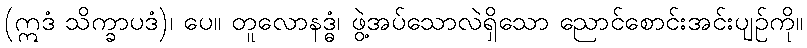
(ဣဒံ သိက္ခာပဒံ)၊ ပေ။ တူလောနဒ္ဓံ၊ ဖွဲ့အပ်သောလဲရှိသော ညောင်စောင်းအင်းပျဉ်ကို။